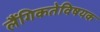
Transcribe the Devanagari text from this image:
लैंगिकतेविषयक